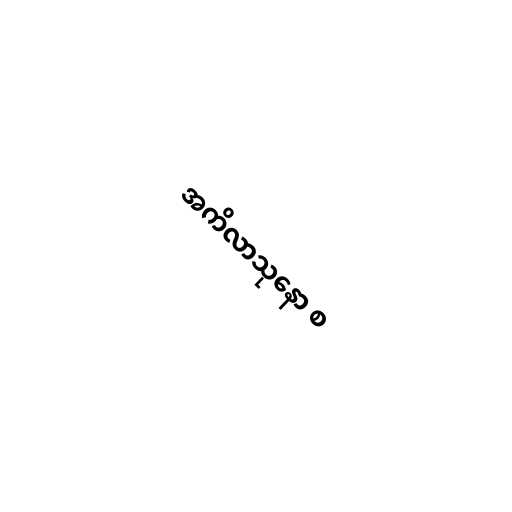
အကိလာသုနော စ